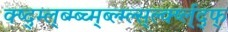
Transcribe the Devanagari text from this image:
क्ष्द्म्ल्ब्म्ब्च्म्ब्ल्म्ल्स्र्ल्क्ष्ल्द्फ्